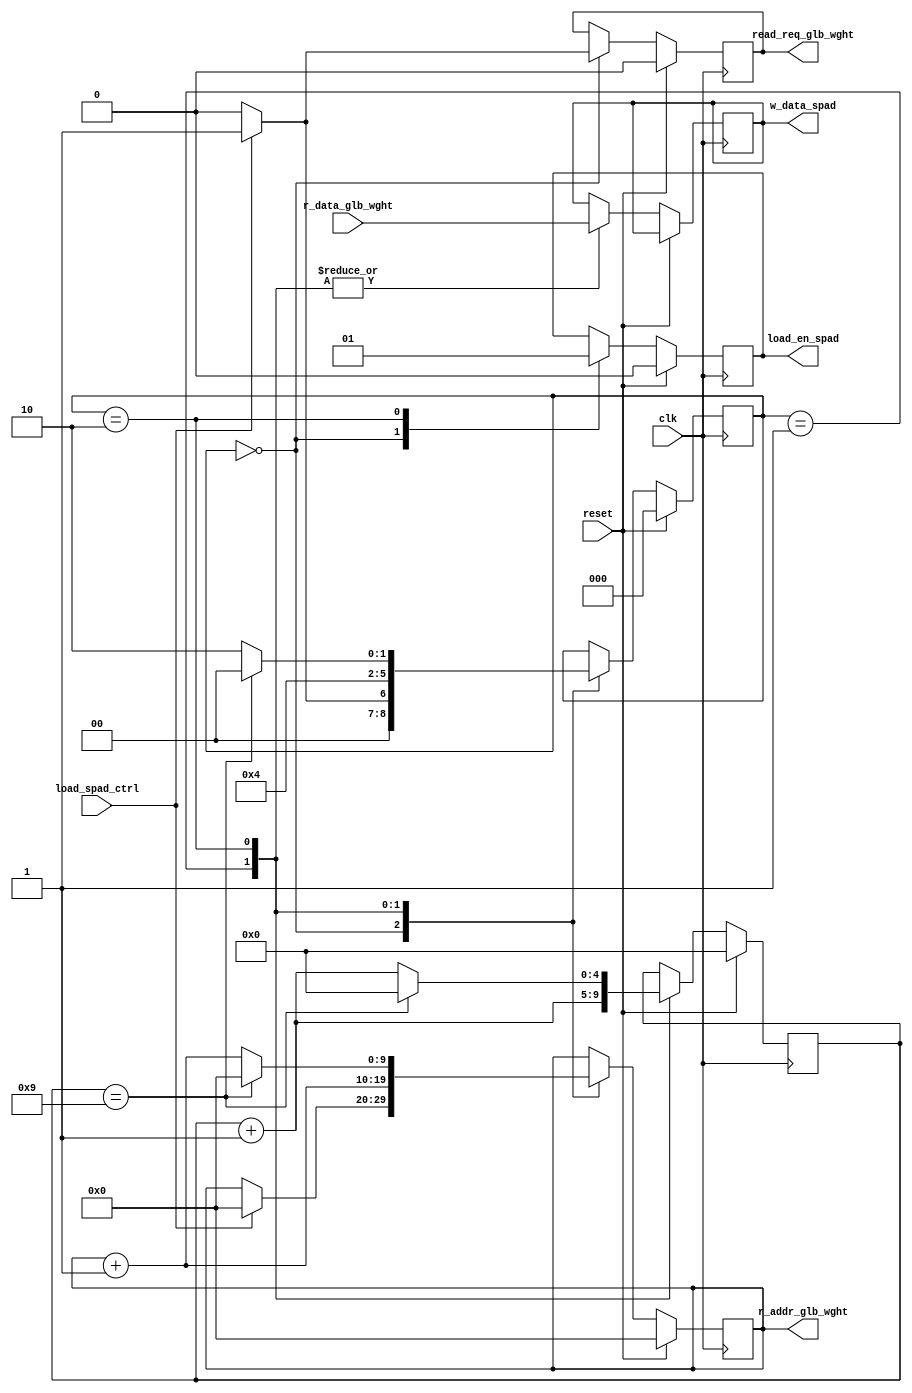
`timescale 1ns / 1ps

module router_weight #( parameter DATA_BITWIDTH = 16,
						parameter ADDR_BITWIDTH_GLB = 10,
						parameter ADDR_BITWIDTH_SPAD = 9,
						
						parameter X_dim = 5,
                        parameter Y_dim = 3,
                        parameter kernel_size = 3,
                        parameter act_size = 5,
						
						parameter W_READ_ADDR = 0, 
                        
                        parameter W_LOAD_ADDR = 0
					)
					
					(	input clk,
						input reset,
						
						//for reading glb
						input [DATA_BITWIDTH-1 : 0] r_data_glb_wght,
						output reg [ADDR_BITWIDTH_GLB-1 : 0] r_addr_glb_wght,
						output reg read_req_glb_wght,
						
						//for writing to spad
						output reg [DATA_BITWIDTH-1 : 0] w_data_spad,
						output reg load_en_spad,
						
						//Input from control unit to load weights to spad
						input load_spad_ctrl
			
					);
				
		reg [2:0] state;		
		// enum reg [2:0] {IDLE=3'b000, READ_GLB=3'b001, WRITE_SPAD=3'b010, READ_GLB_0=3'b011} state;
		localparam IDLE=3'b000;
		localparam READ_GLB=3'b001;
		localparam WRITE_SPAD=3'b010;
		localparam READ_GLB_0=3'b011;
		reg [4:0] filt_count;
		
		always@(posedge clk) begin
//			$display("State: %s", state.name());
			if(reset) begin
				read_req_glb_wght <= 0;
				r_addr_glb_wght <= 0;
				load_en_spad <= 0;
				filt_count <= 0;
				state <= IDLE;
			end else begin
				case(state)
					IDLE:begin
						if(load_spad_ctrl) begin
							read_req_glb_wght <= 1;
							r_addr_glb_wght <= W_READ_ADDR;
							load_en_spad <= 0;
							state <= READ_GLB;
						end else begin
							read_req_glb_wght <= 0;
							load_en_spad <= 0;
							state <= IDLE;
						end
					end
					
					READ_GLB:begin
						
						filt_count <= filt_count + 1;
						r_addr_glb_wght <= r_addr_glb_wght + 1;
						w_data_spad <= r_data_glb_wght;
						state <= WRITE_SPAD;
					end
					
					WRITE_SPAD:begin
						load_en_spad <= 1;
						if(filt_count == (kernel_size**2)) begin
							w_data_spad <= r_data_glb_wght;
							filt_count <= 0;
							r_addr_glb_wght <= W_READ_ADDR;
							
							state <= IDLE;
						end else begin
							w_data_spad <= r_data_glb_wght;
							filt_count <= filt_count + 1;
							r_addr_glb_wght <= r_addr_glb_wght + 1;
							state <= WRITE_SPAD;
						end
					end
				endcase
			end
		end
 
endmodule